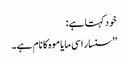
خود کہتا ہے:
’’سنسار اسی مایا موہ کا نام ہے۔